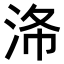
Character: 𣴗